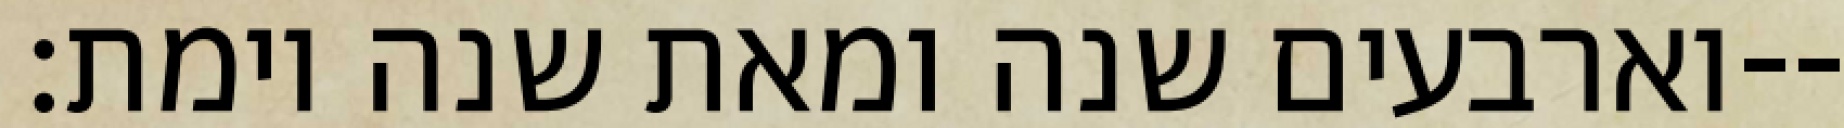
וארבעים שנה ומאת שנה וימת׃--